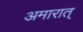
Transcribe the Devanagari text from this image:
अमारात्